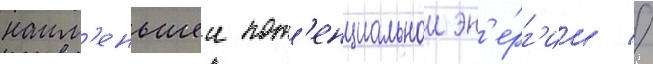
наим'еньшеи пот'енциальнои эн'е́рг'ии //